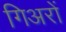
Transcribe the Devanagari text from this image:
गिअरों